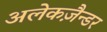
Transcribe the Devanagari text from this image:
अलेकज़ैन्डर